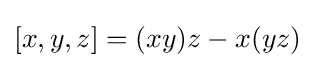
\left[x,y,z\right]=(xy)z-x(yz)